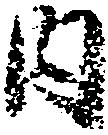
内